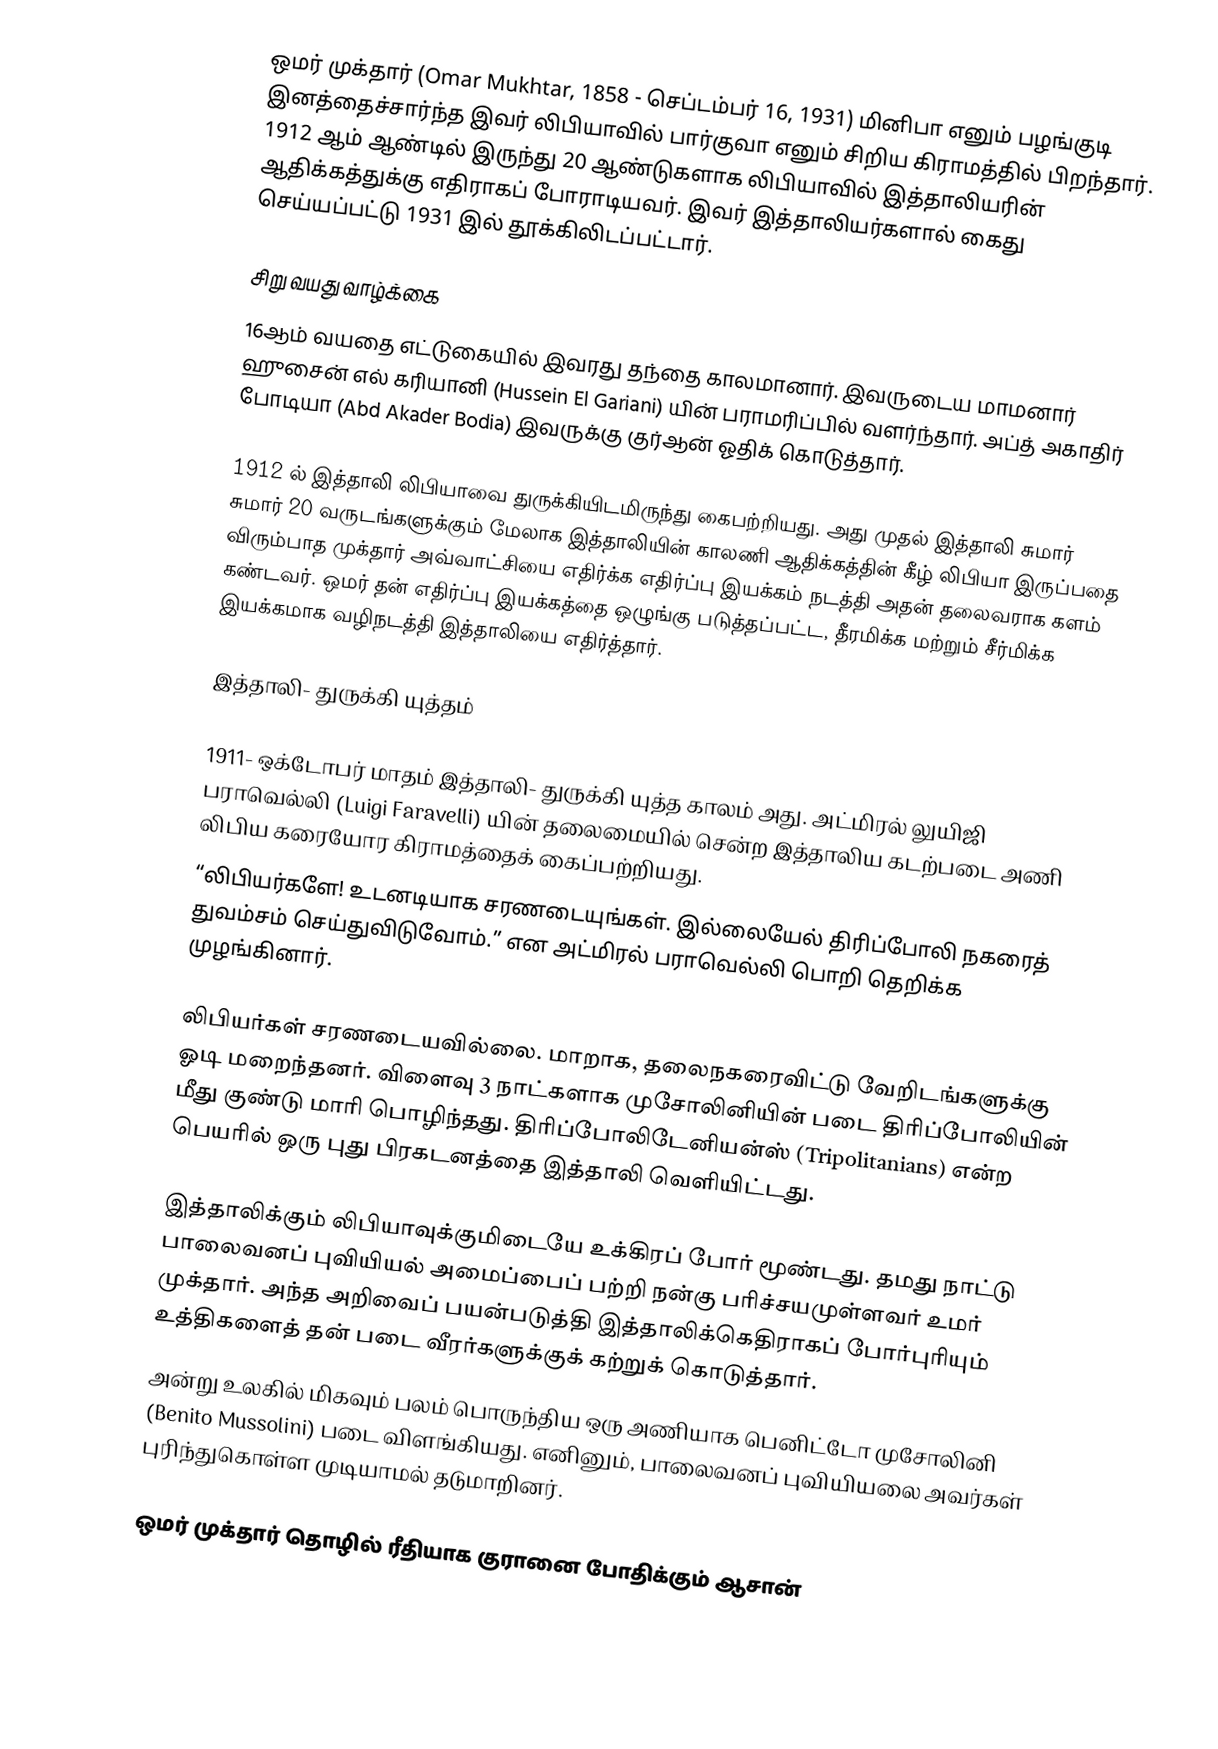
ஒமர் முக்தார் (Omar Mukhtar, 1858 -  செப்டம்பர் 16, 1931) மினிபா எனும் பழங்குடி இனத்தைச்சார்ந்த இவர் லிபியாவில் பார்குவா எனும் சிறிய கிராமத்தில் பிறந்தார். 1912 ஆம் ஆண்டில் இருந்து 20 ஆண்டுகளாக லிபியாவில் இத்தாலியரின் ஆதிக்கத்துக்கு எதிராகப் போராடியவர். இவர் இத்தாலியர்களால் கைது செய்யப்பட்டு 1931 இல் தூக்கிலிடப்பட்டார்.

சிறு வயது வாழ்க்கை
16ஆம் வயதை எட்டுகையில் இவரது தந்தை காலமானார். இவருடைய மாமனார் ஹுசைன் எல் கரியானி (Hussein El Gariani) யின் பராமரிப்பில் வளர்ந்தார். அப்த் அகாதிர் போடியா (Abd Akader Bodia) இவருக்கு குர்ஆன் ஓதிக் கொடுத்தார்.

1912 ல் இத்தாலி லிபியாவை துருக்கியிடமிருந்து கைபற்றியது. அது முதல் இத்தாலி சுமார் சுமார் 20 வருடங்களுக்கும் மேலாக இத்தாலியின் காலணி ஆதிக்கத்தின் கீழ் லிபியா இருப்பதை விரும்பாத முக்தார் அவ்வாட்சியை எதிர்க்க எதிர்ப்பு இயக்கம் நடத்தி அதன் தலைவராக களம் கண்டவர். ஒமர் தன் எதிர்ப்பு இயக்கத்தை ஒழுங்கு படுத்தப்பட்ட, தீரமிக்க மற்றும் சீர்மிக்க இயக்கமாக வழிநடத்தி இத்தாலியை எதிர்த்தார்.

இத்தாலி- துருக்கி யுத்தம்

1911- ஒக்டோபர் மாதம் இத்தாலி- துருக்கி யுத்த காலம் அது. அட்மிரல் லுயிஜி பராவெல்லி (Luigi Faravelli) யின் தலைமையில் சென்ற இத்தாலிய கடற்படை அணி லிபிய கரையோர கிராமத்தைக் கைப்பற்றியது.
“லிபியர்களே! உடனடியாக சரணடையுங்கள். இல்லையேல் திரிப்போலி நகரைத் துவம்சம் செய்துவிடுவோம்.” என அட்மிரல் பராவெல்லி பொறி தெறிக்க முழங்கினார்.

லிபியர்கள் சரணடையவில்லை. மாறாக, தலைநகரைவிட்டு வேறிடங்களுக்கு ஓடி மறைந்தனர். விளைவு 3 நாட்களாக முசோலினியின் படை திரிப்போலியின் மீது குண்டு மாரி பொழிந்தது. திரிப்போலிடேனியன்ஸ் (Tripolitanians) என்ற பெயரில் ஒரு புது பிரகடனத்தை இத்தாலி வெளியிட்டது.

இத்தாலிக்கும் லிபியாவுக்குமிடையே உக்கிரப் போர் மூண்டது. தமது நாட்டு பாலைவனப் புவியியல் அமைப்பைப் பற்றி நன்கு பரிச்சயமுள்ளவர் உமர் முக்தார். அந்த அறிவைப் பயன்படுத்தி இத்தாலிக்கெதிராகப் போர்புரியும் உத்திகளைத் தன் படை வீரர்களுக்குக் கற்றுக் கொடுத்தார்.
அன்று உலகில் மிகவும் பலம் பொருந்திய ஒரு அணியாக பெனிட்டோ முசோலினி (Benito Mussolini) படை விளங்கியது. எனினும், பாலைவனப் புவியியலை அவர்கள் புரிந்துகொள்ள முடியாமல் தடுமாறினர்.

ஒமர் முக்தார் தொழில் ரீதியாக குரானை போதிக்கும் ஆசான்